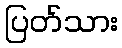
ပြတ်သား